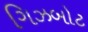
ગિઝબોટ